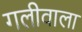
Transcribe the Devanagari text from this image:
गलीवाला